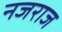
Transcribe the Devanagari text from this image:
नजराज